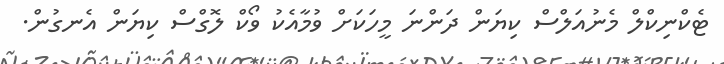
ޓެކްނިކްލް މެނުއަލްސް ކިޔަން ދަންނަ މީހަކަށް ވުމާއެކު ވޯކް ލޮގްސް ކިޔަން އެނގުން.